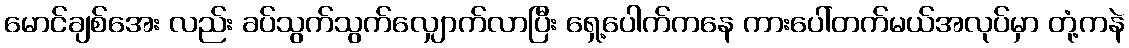
မောင်ချစ်အေး လည်း ခပ်သွက်သွက်လျှောက်လာပြီး ရှေ့ပေါက်ကနေ ကားပေါ်တက်မယ်အလုပ်မှာ တုံ့ကနဲ